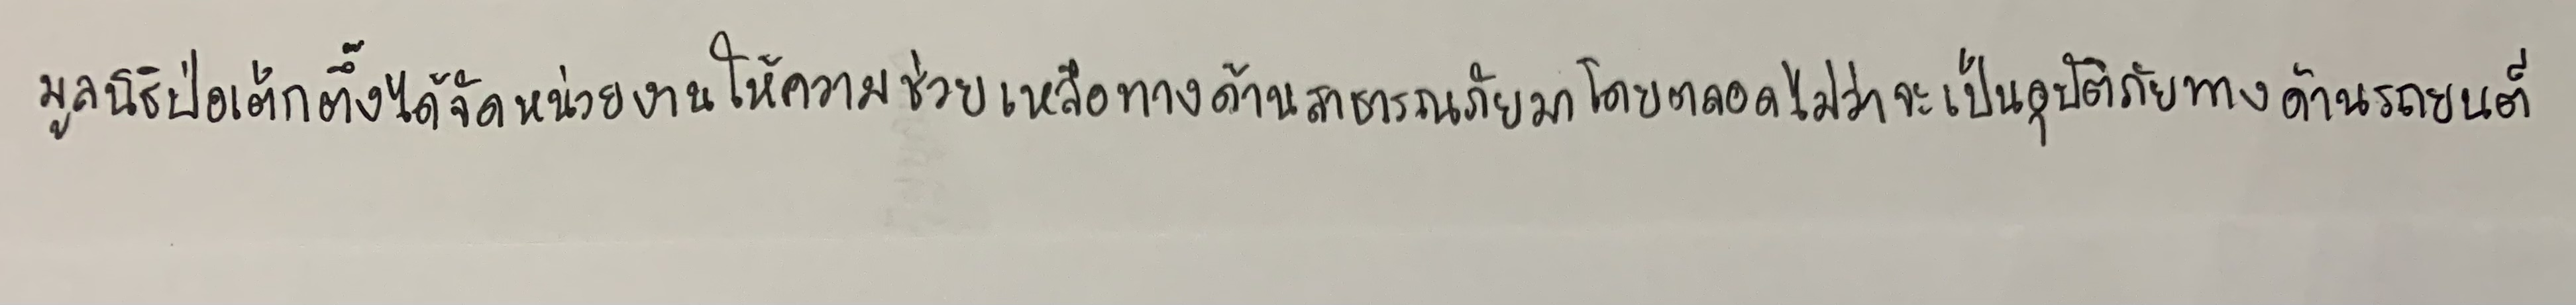
มูลนิธิป่อเต็กตึ๊งได้จัดหน่วยงานให้ความช่วยเหลือทางด้านสาธารณภัยมาโดยตลอดไม่ว่าจะเป็นอุบัติภัยทางด้านรถยนต์